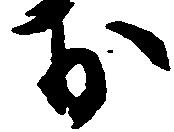
お